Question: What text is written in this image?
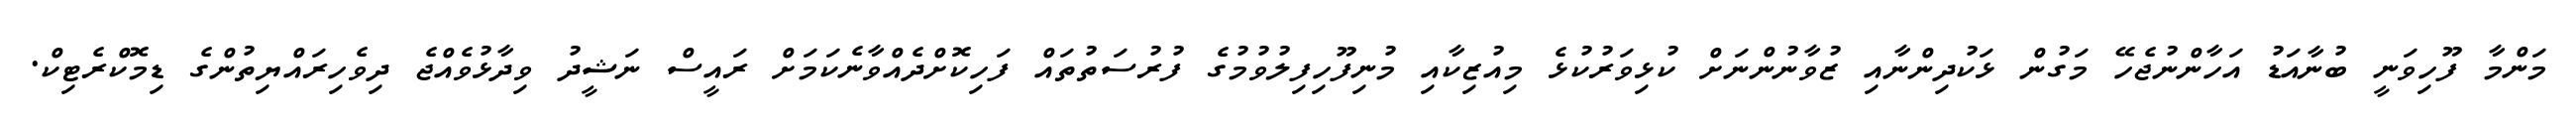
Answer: މަންމާ ފޫހިވަނީ ބުނާއަޑު އަހާންނުޖެހޭ މަގުން ޅަކުދިންނާއި ޒުވާނުންނަށް ކުޅިވަރުކުޅެ މިއުޒިކާއި މުނިފޫހިފިލުވުމުގެ ފުރުސަތުތައް ފަހިކޮށްދެއްވާނެކަމަށް ރައީސް ނަޝީދު ވިދާޅުވެއްޖެ ދިވެހިރައްޔިތުންގެ ޑިމޮކްރެޓިކް.